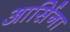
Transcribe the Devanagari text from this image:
आर्सिना